Civil Veterinary Dept. Bombay admin report 1923-31 - 1923-1931
Year: 1923
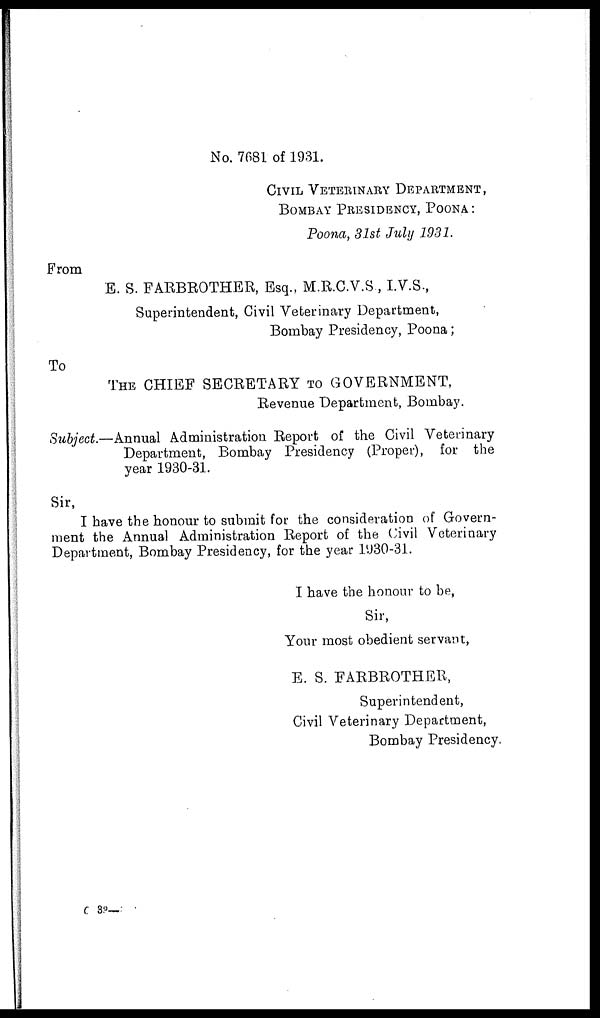
No. 7681 of 1931.
CIVIL VETERINARY DEPARTMENT,
BOMBAY PRESIDENCY, POONA:
Poona, 31st July 1931.
From
E. S. FARBROTHER, Esq., M.R.C.V.S, I.V.S.,
Superintendent, Civil Veterinary Department,
Bombay Presidency, Poona;
To
THE CHIEF SECRETARY TO GOVERNMENT,
Revenue Department, Bombay.
Subject.—Annual Administration Report of the Civil Veterinary
Department, Bombay Presidency (Proper), for the
year 1930-31.
Sir,
I have the honour to submit for the consideration of Govern-
ment the Annual Administration Report of the Civil Veterinary
Department, Bombay Presidency, for the year 1930-31.
I have the honour to be,
Sir,
Your most obedient servant,
E. S. FARBROTHER,
Superintendent,
Civil Veterinary Department,
Bombay Presidency,
C 33—